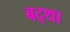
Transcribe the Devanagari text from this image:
बद्था